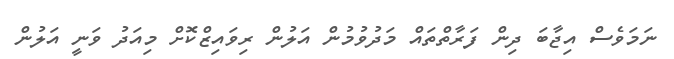
ނަމަވެސް އިޖާބަ ދިން ފަރާތްތައް މަދުވުމުން އަލުން ރިވައިޒްކޮށް މިއަދު ވަނީ އަލުން